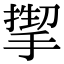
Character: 𫽬